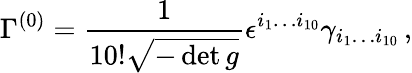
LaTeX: \Gamma^{(0)}={\frac{1}{10!\sqrt{-\operatorname*{det}g}}}\epsilon^{i_{1}\ldots i_{10}}\gamma_{i_{1}\ldots i_{10}}\, ,